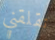
تقلقني